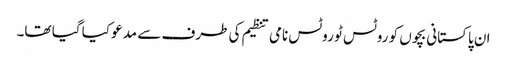
ان پاکستانی بچوں کو روٹس ٹو روٹس نامی تنظیم کی طرف سے مدعو کیا گیا تھا۔